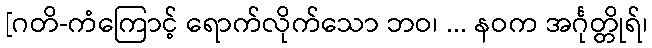
[ဂတိ-ကံကြောင့် ရောက်လိုက်သော ဘဝ၊ ... နဝက အင်္ဂုတ္တိုရ်၊